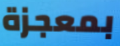
بمعجزة